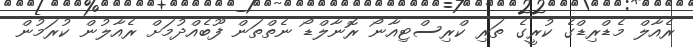
ރެއާލް މެޑްރިޑްގެ ކުރީގެ ތަރި ކްރިސްޓިއާނޯ ރޮނާލްޑޯ ނެތްތަން ފޫބެއްދުމަށް ރެއާލުން ކުރަމުން